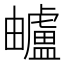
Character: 𧈕